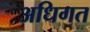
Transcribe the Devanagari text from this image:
अधिगत